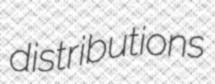
distributions